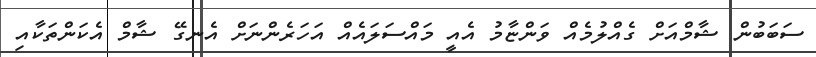
ސަބަބުން ޝާމްއަށް ގެއްލުމެއް ވަންޏާމު އެއީ މައްސަލައެއް އަހަރެންނަށް އެނގޭ ޝާމް އެކަންތަކާއި